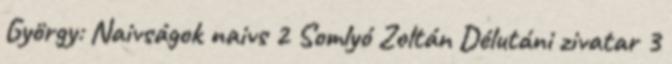
György: Naivságok naivs 2 Somlyó Zoltán Délutáni zivatar 3